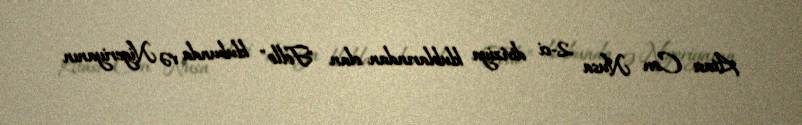
Atası Con Nusa 2-ci diviziya klublarından olan "Follo" klubunda və Nigeriyanın